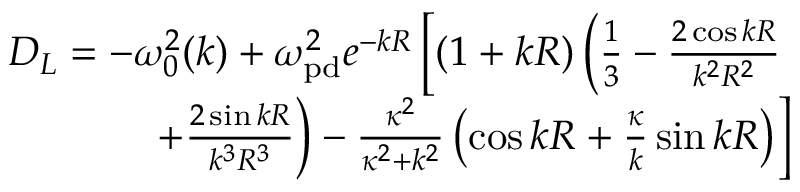
\begin{array} { r } { D _ { L } = - \omega _ { 0 } ^ { 2 } ( k ) + \omega _ { \mathrm { p d } } ^ { 2 } e ^ { - k R } \left[ ( 1 + k R ) \left( \frac { 1 } { 3 } - \frac { 2 \cos { k R } } { k ^ { 2 } R ^ { 2 } } \right. \right. } \\ { \left. \left. + \frac { 2 \sin { k R } } { k ^ { 3 } R ^ { 3 } } \right) - \frac { \kappa ^ { 2 } } { \kappa ^ { 2 } + k ^ { 2 } } \left( \cos { k R } + \frac { \kappa } { k } \sin { k R } \right) \right] } \end{array}